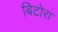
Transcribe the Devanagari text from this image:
बिटोरा